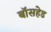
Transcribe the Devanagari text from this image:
बॉसहेड